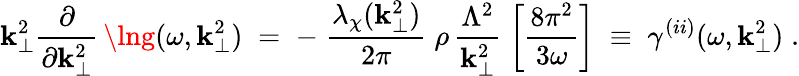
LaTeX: \mathbf{k}_{\perp}^{2}\frac{{\partial}}{{\partial\mathbf{k}_{\perp}^{2}}}\, \lng(\omega,\mathbf{k}_{\perp}^{2})\; =\; -\; \frac{{\lambda_{\chi}(\mathbf{k}_{\perp}^{2})}}{{2\pi}}\; \rho\, \frac{{\Lambda^{2}}}{{\mathbf{k}_{\perp}^{2}}}\; \left[\frac{{8\pi^{2}}}{{3\omega}}\right]\; \equiv\; \gamma^{(ii)}(\omega,\mathbf{k}_{\perp}^{2})\; .